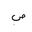
Letter: _sad